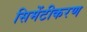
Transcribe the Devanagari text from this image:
सिमेंटीकरण